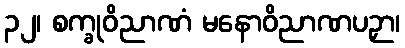
၃၂၊ စက္ခုဝိညာဏံ မနောဝိညာဏပဉှာ၊